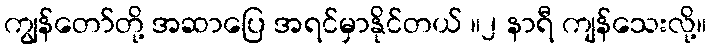
ကျွန်တော်တို့ အဆာပြေ အရင်မှာနိုင်တယ် ။၂ နာရီ ကျန်သေးလို့။